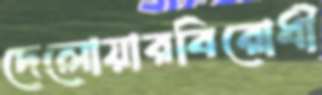
দেলোয়ারবিরোধী